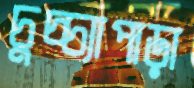
চুচ্চ্যাপাড়া